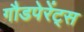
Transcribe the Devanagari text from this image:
गौडपेरेंट्स